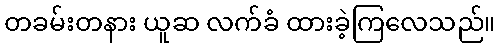
တခမ်းတနား ယူဆ လက်ခံ ထားခဲ့ကြလေသည်။